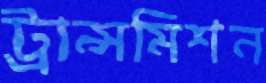
ট্রান্সমিশন